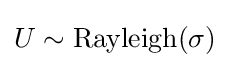
U\sim \operatorname {Rayleigh} (\sigma )